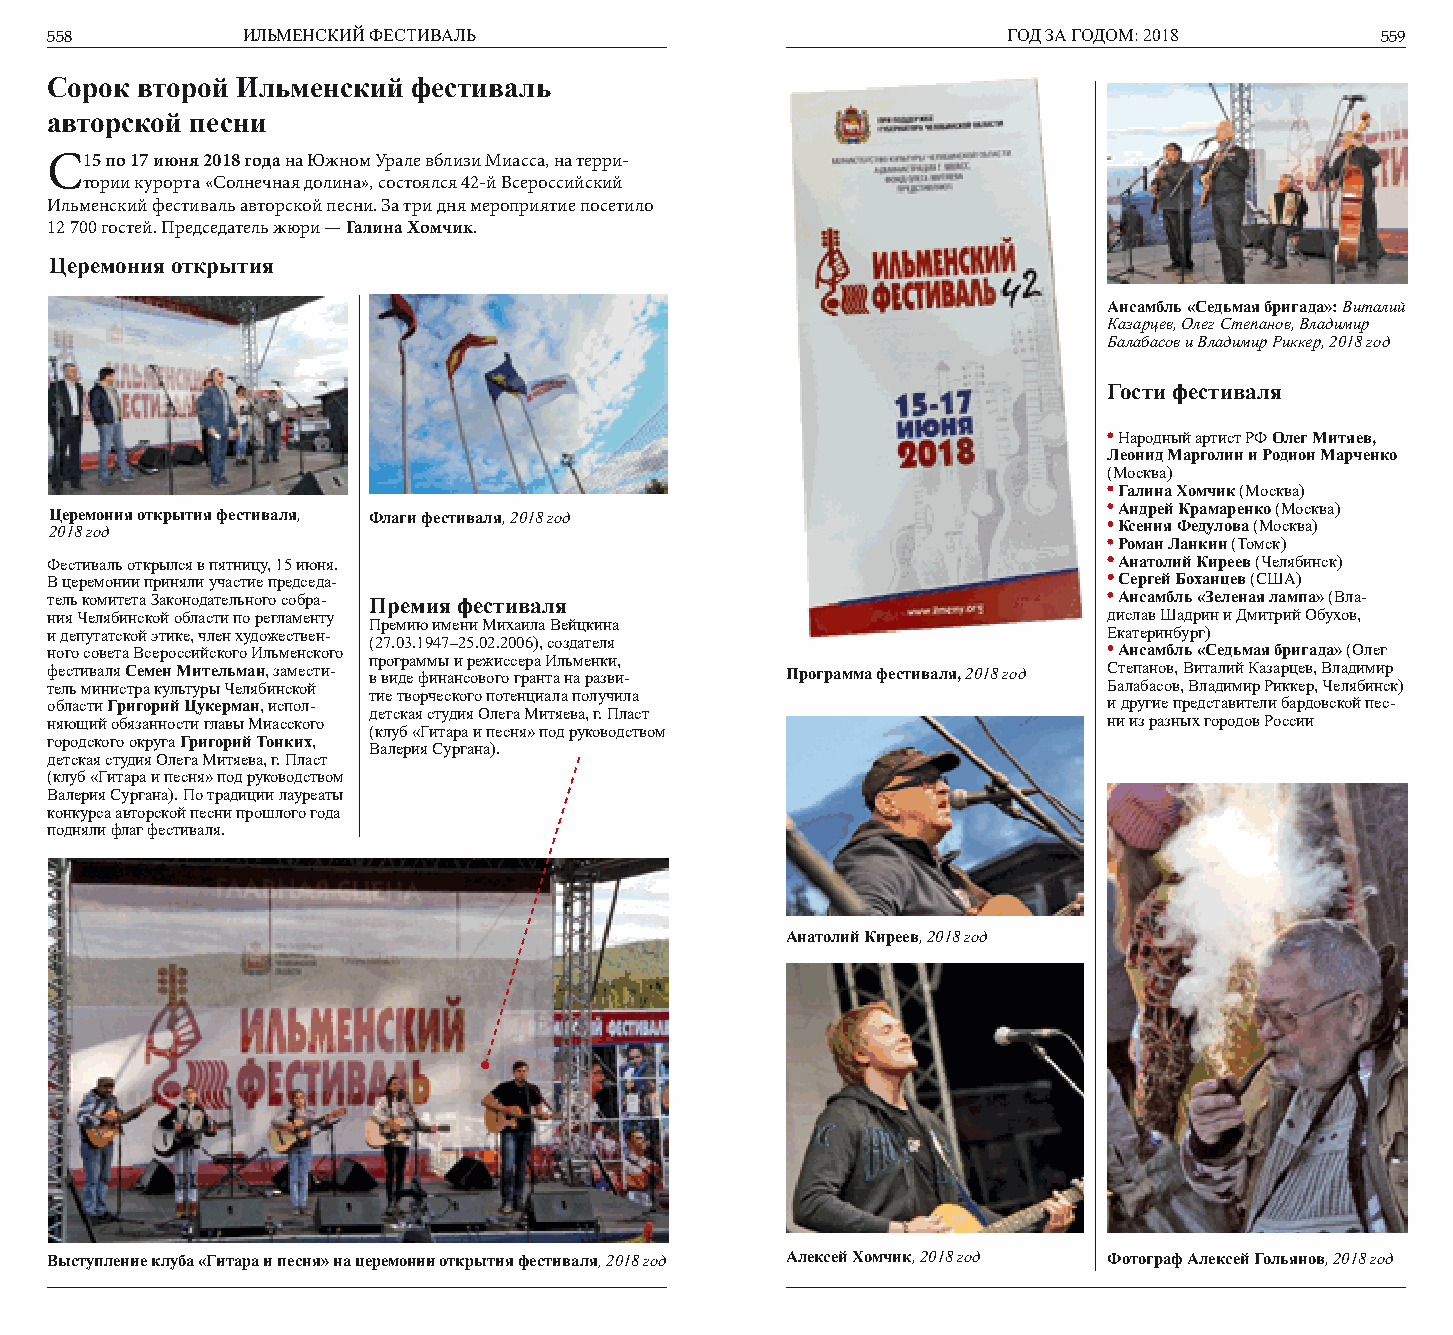
558          ИЛЬМЕНСКИЙ ФЕСТИВАЛЬ                               ГОД ЗА ГОДОМ: 2018      559
 Сорок второй Ильменский фестиваль
 авторской песни
 С1 5 по 17 июня 2018 года на Южном Урале вблизи Миасса, на терри-
 тории курорта «Солнечная долина», состоялся 42-й Всероссийский
 Ильменский фестиваль авторской песни. За три дня мероприятие посетило
 12 700 гостей. Председатель жюри — Галина Хомчик.
 Церемония открытия
 Ансамбль «Седьмая бригада»: Виталий
 Казарцев, Олег Степанов, Владимир
 Балабасов и Владимир Риккер, 2018 год
 Гости фестиваля
 Народный артист РФ Олег Митяев,
 Леонид Марголин и Родион Марченко
 (Москва)
 Галина Хомчик (Москва)
 Церемония открытия фестиваля, Флаги фестиваля, 2018 год                Андрей Крамаренко (Москва)
 2018 год                                                               Ксения Федулова (Москва)
 Роман Ланкин (Томск)
 Фестиваль открылся в пятницу, 15 июня.                                 Анатолий Киреев (Челябинск)
 В церемонии приняли участие председа-                                  Сергей Боханцев (США)
 тель комитета Законодательного собра- Премия фестиваля                 Ансамбль «Зеленая лампа» (Вла-
 ния Челябинской области по регламенту                                 дислав Шадрин и Дмитрий Обухов,
 Премию имени Михаила Вейцкина
 и депутатской этике, член художествен-                                Екатеринбург)
 (27.03.1947–25.02.2006), создателя
 ного совета Всероссийского Ильменского                                 Ансамбль «Седьмая бригада» (Олег
 программы и режиссера Ильменки,
 фестиваля Семен Мительман, замести- в виде финансового гранта на разви- Программа фестиваля, 2018 год Степанов, Виталий Казарцев, Владимир
 тель министра культуры Челябинской                                    Балабасов, Владимир Риккер, Челябинск)
 тие творческого потенциала получила
 области Григорий Цукерман, испол-                                     и другие представители бардовской пес-
 детская студия Олега Митяева, г. Пласт
 няющий обязанности главы Миасского                                    ни из разных городов России
 (клуб «Гитара и песня» под руководством
 городского округа Григорий Тонких,
 Валерия Сургана).
 детская студия Олега Митяева, г. Пласт
 (клуб «Гитара и песня» под руководством
 Валерия Сургана). По традиции лауреаты
 конкурса авторской песни прошлого года
 подняли флаг фестиваля.
 Анатолий Киреев, 2018 год
 Выступление клуба «Гитара и песня» на церемонии открытия фестиваля, 2018 год Алексей Хомчик, 2018 год Фотограф Алексей Гольянов, 2018 год